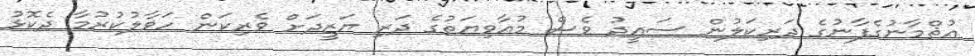
އުޘްމާނުގެފާނުގެ ދަރިކަލުން ސައީދު ވެސް މުއާވިޔަތުގެ ދަރި ޔަޒީދަށް ވެރިކަން ހަވާލުކުރުމާ ދެކޮޅު